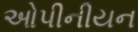
ઓપીનીયન